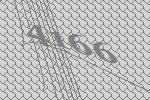
4166